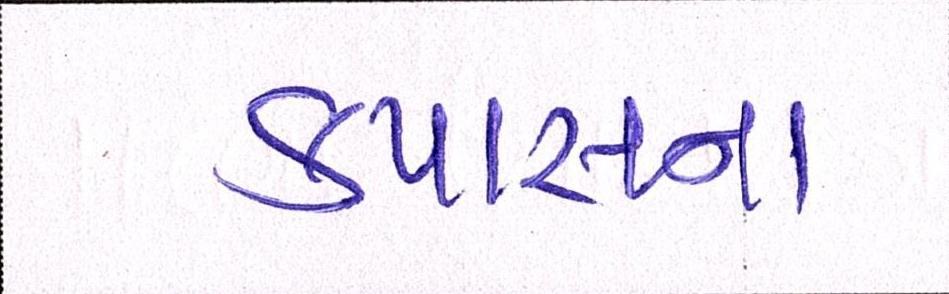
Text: કપાસના